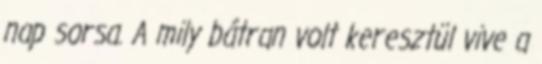
nap sorsa. A mily bátran volt keresztül vive a